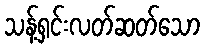
သန့်ရှင်းလတ်ဆတ်သော